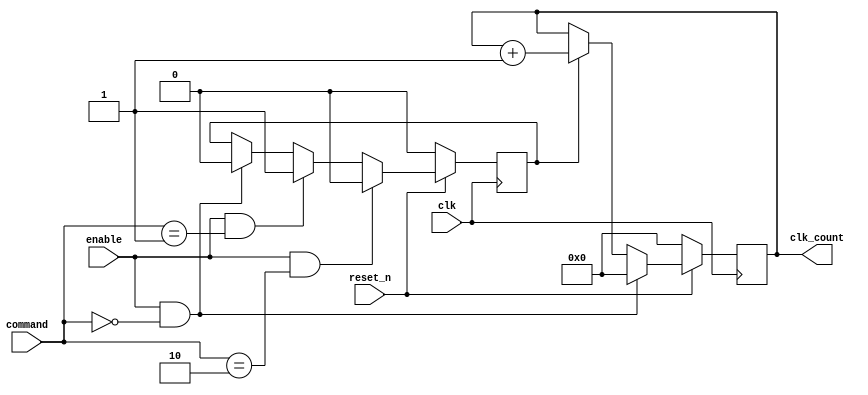
module Clock_Counter (clk, reset_n, enable, command, clk_count);

input clk, reset_n, enable;
input [31:0] command; // command = 0 (reset) / command = 1 (start/resume) / command = 2 (pause)
output reg [31:0] clk_count;

reg flag;

always@(negedge clk)
begin
	if (!reset_n)
	begin
		clk_count <= 0;
		flag <= 0;
	end
	else
	begin
		if (flag) clk_count <= clk_count + 1;
		if (enable && (command == 0)) 
		begin
			clk_count <= 0;
			flag <= 0;
		end
		if (enable && (command == 1)) flag <= 1;
		if (enable && (command == 2)) flag <= 0;
	end
end

endmodule